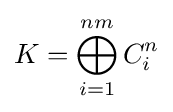
K=\bigoplus _{i=1}^{nm}C_{i}^{n}